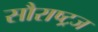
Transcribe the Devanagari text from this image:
सौराष्ट्रज